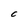
Character: C